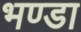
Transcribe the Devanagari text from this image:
भण्डा